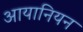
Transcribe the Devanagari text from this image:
आयानियन